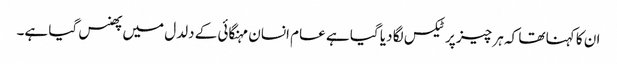
ان کا کہنا تھا کہ ہر چیز پر ٹیکس لگا دیا گیا ہے عام انسان مہنگائی کے دلدل میں پھنس گیا ہے۔